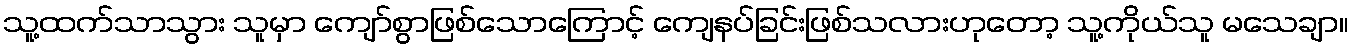
သူ့ထက်သာသွား သူမှာ ကျော်စွာဖြစ်သောကြောင့် ကျေနပ်ခြင်းဖြစ်သလားဟုတော့ သူ့ကိုယ်သူ မသေချာ။